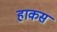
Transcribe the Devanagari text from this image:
हाकस